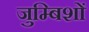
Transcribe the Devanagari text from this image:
जुम्बिशों